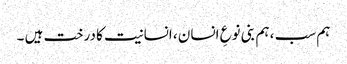
ہم سب ، ہم بنی نوعِ انسان ، انسانیت کا درخت ہیں ۔